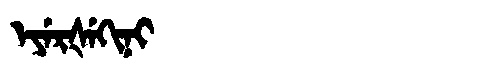
Manchu: ᡝᠶᡝᡵᡧᡝᡴᡳᠨᡳ
Romanization: EYERŠEKINI